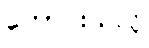
ကောင်းသလို